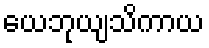
ယေဘုယျသိကာယ